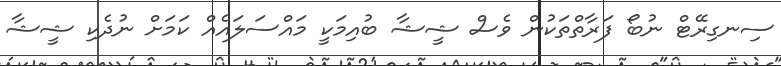
ސިނގިރޭޓް ނުބޯ ފަރާތްތަކުން ވެސް ޝީޝާ ބުއިމަކީ މައްސަލައެއް ކަމަށް ނުދެކި ޝީޝާ